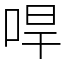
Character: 哻